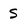
Character: S